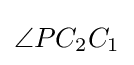
\angle PC_{2}C_{1}